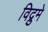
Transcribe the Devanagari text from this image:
विद्रुमे